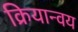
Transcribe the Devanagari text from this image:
क्रियान्वय